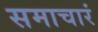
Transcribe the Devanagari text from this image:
समाचारं